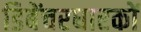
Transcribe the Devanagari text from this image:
डिबेंचरधारकों